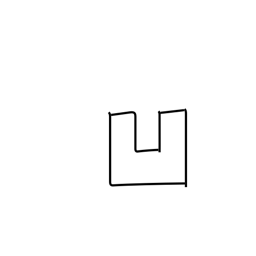
Meaning: sunken